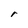
Character: r